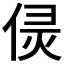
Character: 𠊕